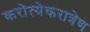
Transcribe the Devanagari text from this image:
करोत्येकरात्रेण